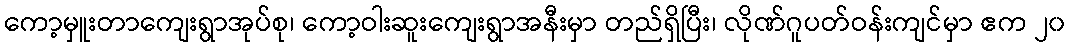
ကော့မှူးတာကျေးရွာအုပ်စု၊ ကော့ဝါးဆူးကျေးရွာအနီးမှာ တည်ရှိပြီး၊ လိုဏ်ဂူပတ်ဝန်းကျင်မှာ ဧက ၂၀